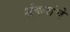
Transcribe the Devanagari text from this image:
शंकरांचे